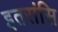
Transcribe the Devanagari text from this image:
इतरांसि